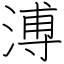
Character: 溥